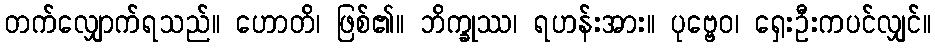
တက်လျှောက်ရသည်။ ဟောတိ၊ ဖြစ်၏။ ဘိက္ခုဿ၊ ရဟန်းအား။ ပုဗ္ဗေဝ၊ ရှေးဦးကပင်လျှင်။